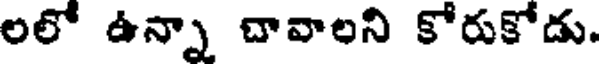
లలో ఉన్నా చావాలని కోరుకోడు.